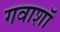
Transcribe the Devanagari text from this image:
गवाशॉ